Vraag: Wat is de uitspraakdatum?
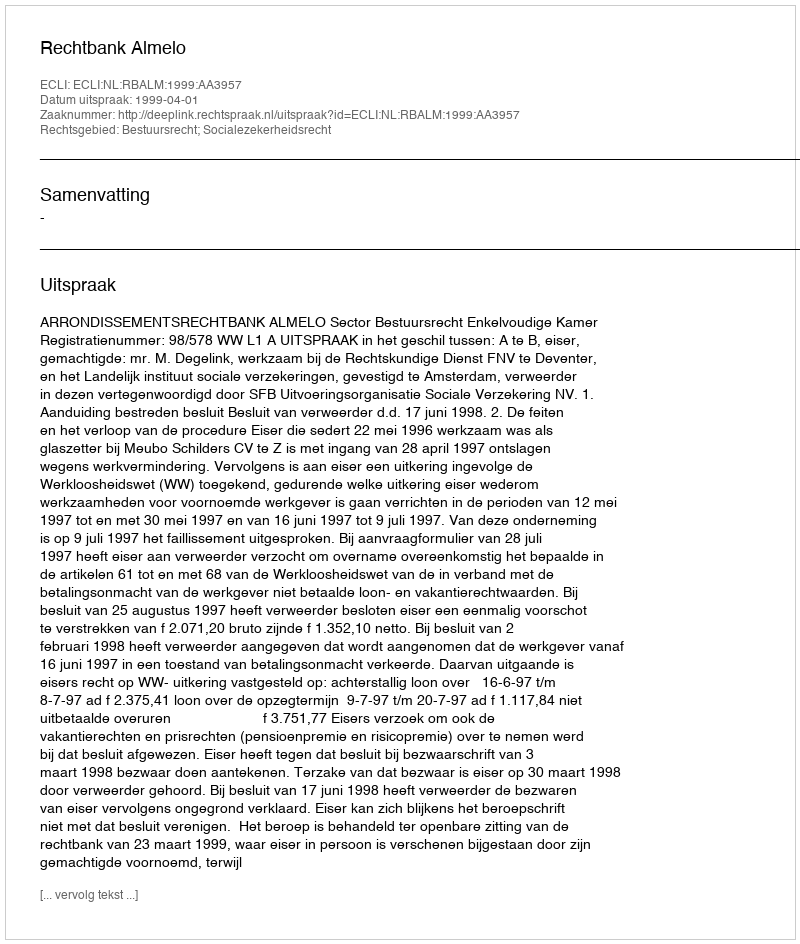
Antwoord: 1999-04-01